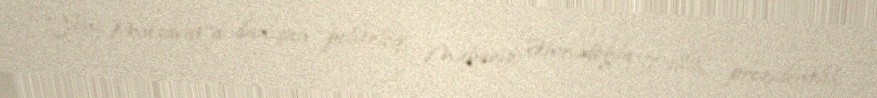
“Yeni Müsavat”a danışan politoloq Mübariz Əhmədoğlu 7 illik prezidentlik